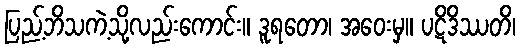
ပြည့်ဘိသကဲ့သို့လည်းကောင်း။ ဒူရတော၊ အဝေးမှ။ ပဋိဒိဿတိ၊